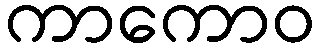
ကာကောဝ